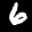
Label: 6